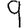
Digit: 9